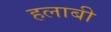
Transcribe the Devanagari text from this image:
हलाबी